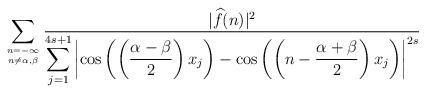
LaTeX: \begin{align*} \sum_{{n=-\infty}\atop{n\ne \alpha,\beta}}\frac{ |{\widehat f}(n)|^2 }{ \displaystyle\sum_{j=1}^{4s+1}\left|\cos\left(\left(\frac{\alpha-\beta}{2}\right)x_j\right)-\cos \left(\left(n-\frac{\alpha+\beta}{2}\right)x_j\right)\right|^{2s}}\end{align*}